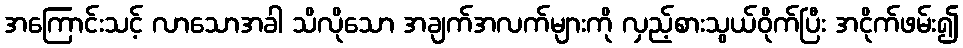
အကြောင်းသင့် လာသောအခါ သိလိုသော အချက်အလက်များကို လှည့်စားသွယ်ဝိုက်ပြီး အငိုက်ဖမ်း၍